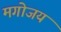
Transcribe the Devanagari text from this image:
मगोजय